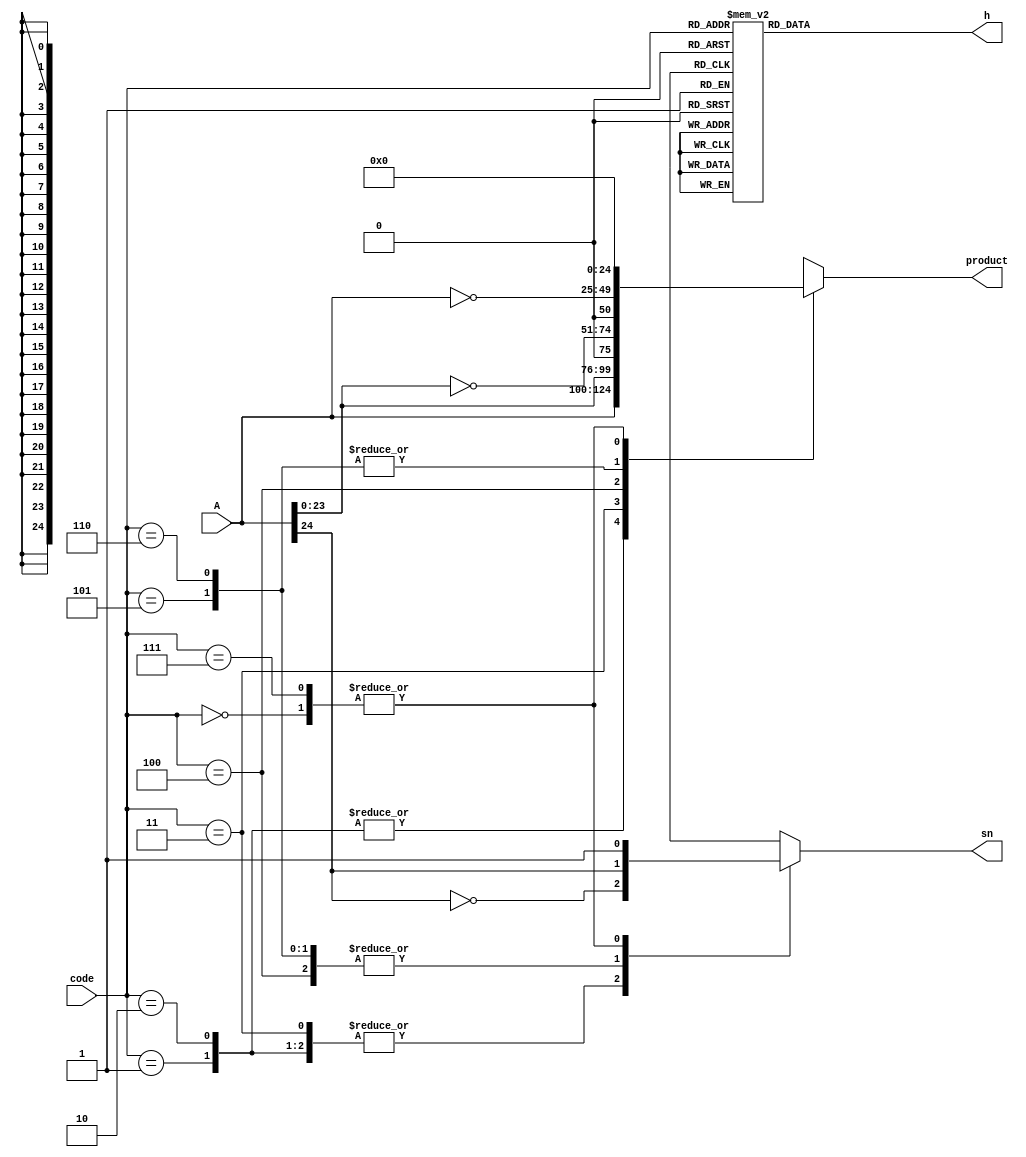
// This program was cloned from: https://github.com/T-head-Semi/opene906
// License: Apache License 2.0

/*Copyright 2020-2021 T-Head Semiconductor Co., Ltd.

Licensed under the Apache License, Version 2.0 (the "License");
you may not use this file except in compliance with the License.
You may obtain a copy of the License at

    http://www.apache.org/licenses/LICENSE-2.0

Unless required by applicable law or agreed to in writing, software
distributed under the License is distributed on an "AS IS" BASIS,
WITHOUT WARRANTIES OR CONDITIONS OF ANY KIND, either express or implied.
See the License for the specific language governing permissions and
limitations under the License.
*/

// &ModuleBeg; @21
module booth_code_25_bit(
  A,
  code,
  h,
  product,
  sn
);

// &Ports; @22
input   [24:0]  A;      
input   [2 :0]  code;   
output  [1 :0]  h;      
output  [24:0]  product; 
output          sn;     

// &Regs; @23
reg     [1 :0]  h;      
reg     [24:0]  product; 
reg             sn;     

// &Wires; @24
wire    [24:0]  A;      
wire    [2 :0]  code;   


parameter SRC_WIDTH = 25;

// &CombBeg; @28
always @( code[2:0]
       or A[24:0])
begin
case(code[2:0])
3'b000 : product[SRC_WIDTH-1:0] =    {SRC_WIDTH{1'b0}};
3'b001 : product[SRC_WIDTH-1:0] =  {A[SRC_WIDTH-1:0]};
3'b010 : product[SRC_WIDTH-1:0] =  {A[SRC_WIDTH-1:0]};
3'b011 : product[SRC_WIDTH-1:0] =  {A[SRC_WIDTH-2:0],1'b0};
3'b100 : product[SRC_WIDTH-1:0] = {~A[SRC_WIDTH-2:0],1'b0};
3'b101 : product[SRC_WIDTH-1:0] = {~A[SRC_WIDTH-1:0]};
3'b110 : product[SRC_WIDTH-1:0] = {~A[SRC_WIDTH-1:0]};
3'b111 : product[SRC_WIDTH-1:0] =    {SRC_WIDTH{1'b0}};
default: product[SRC_WIDTH-1:0] =    {SRC_WIDTH{1'bx}};
endcase
// &CombEnd; @40
end

// &CombBeg; @42
always @( A[24]
       or code[2:0])
begin
case(code[2:0])
3'b000 : sn =  1'b1;
3'b001 : sn = ~A[SRC_WIDTH-1];
3'b010 : sn = ~A[SRC_WIDTH-1];
3'b011 : sn = ~A[SRC_WIDTH-1];
3'b100 : sn =  A[SRC_WIDTH-1];
3'b101 : sn =  A[SRC_WIDTH-1];
3'b110 : sn =  A[SRC_WIDTH-1];
3'b111 : sn =  1'b1;
default: sn =  1'bx;
endcase
// &CombEnd; @54
end

// &CombBeg; @56
always @( code[2:0])
begin
case(code[2:0])
3'b000 : h[1:0] = 2'b00;
3'b001 : h[1:0] = 2'b00;
3'b010 : h[1:0] = 2'b00;
3'b011 : h[1:0] = 2'b00;
3'b100 : h[1:0] = 2'b10;
3'b101 : h[1:0] = 2'b01;
3'b110 : h[1:0] = 2'b01;
3'b111 : h[1:0] = 2'b00;
default: h[1:0] = {2{1'bx}};
endcase
// &CombEnd; @68
end

// &ModuleEnd; @70
endmodule